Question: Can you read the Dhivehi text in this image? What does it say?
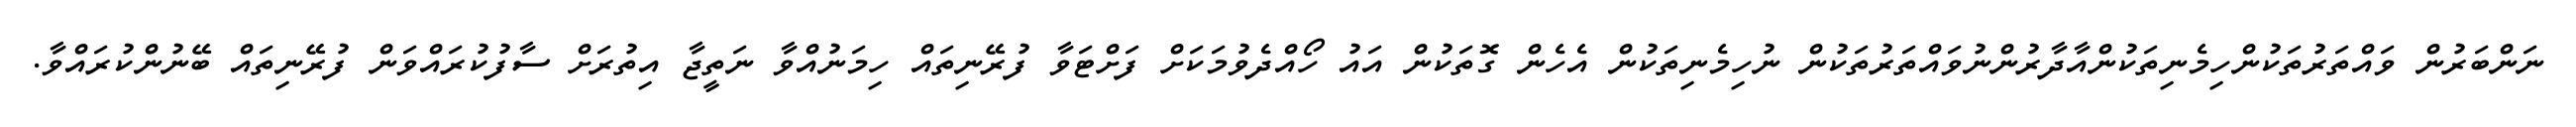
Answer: ނަންބަރުން ވައްތަރުތަކުންހިމެނިތަކުންއާދާރުންނުވައްތަރުތަކުން ނުހިމެނިތަކުން އެހެން ގޮތަކުން އައު ހޯއްދެވުމަކަށް ފަށްޓަވާ ފުރޭނިތައް ހިމަނުއްވާ ނަތީޖާ އިތުރަށް ސާފުކުރައްވަން ފުރޭނިތައް ބޭނުންކުރައްވާ.